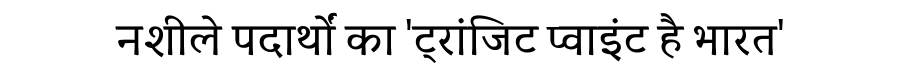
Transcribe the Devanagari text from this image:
नशीले पदार्थों का 'ट्रांजिट प्वाइंट है भारत'